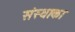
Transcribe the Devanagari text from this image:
संस्‍थाका